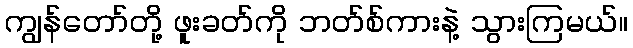
ကျွန်တော်တို့ ဖူးခတ်ကို ဘတ်စ်ကားနဲ့ သွားကြမယ်။